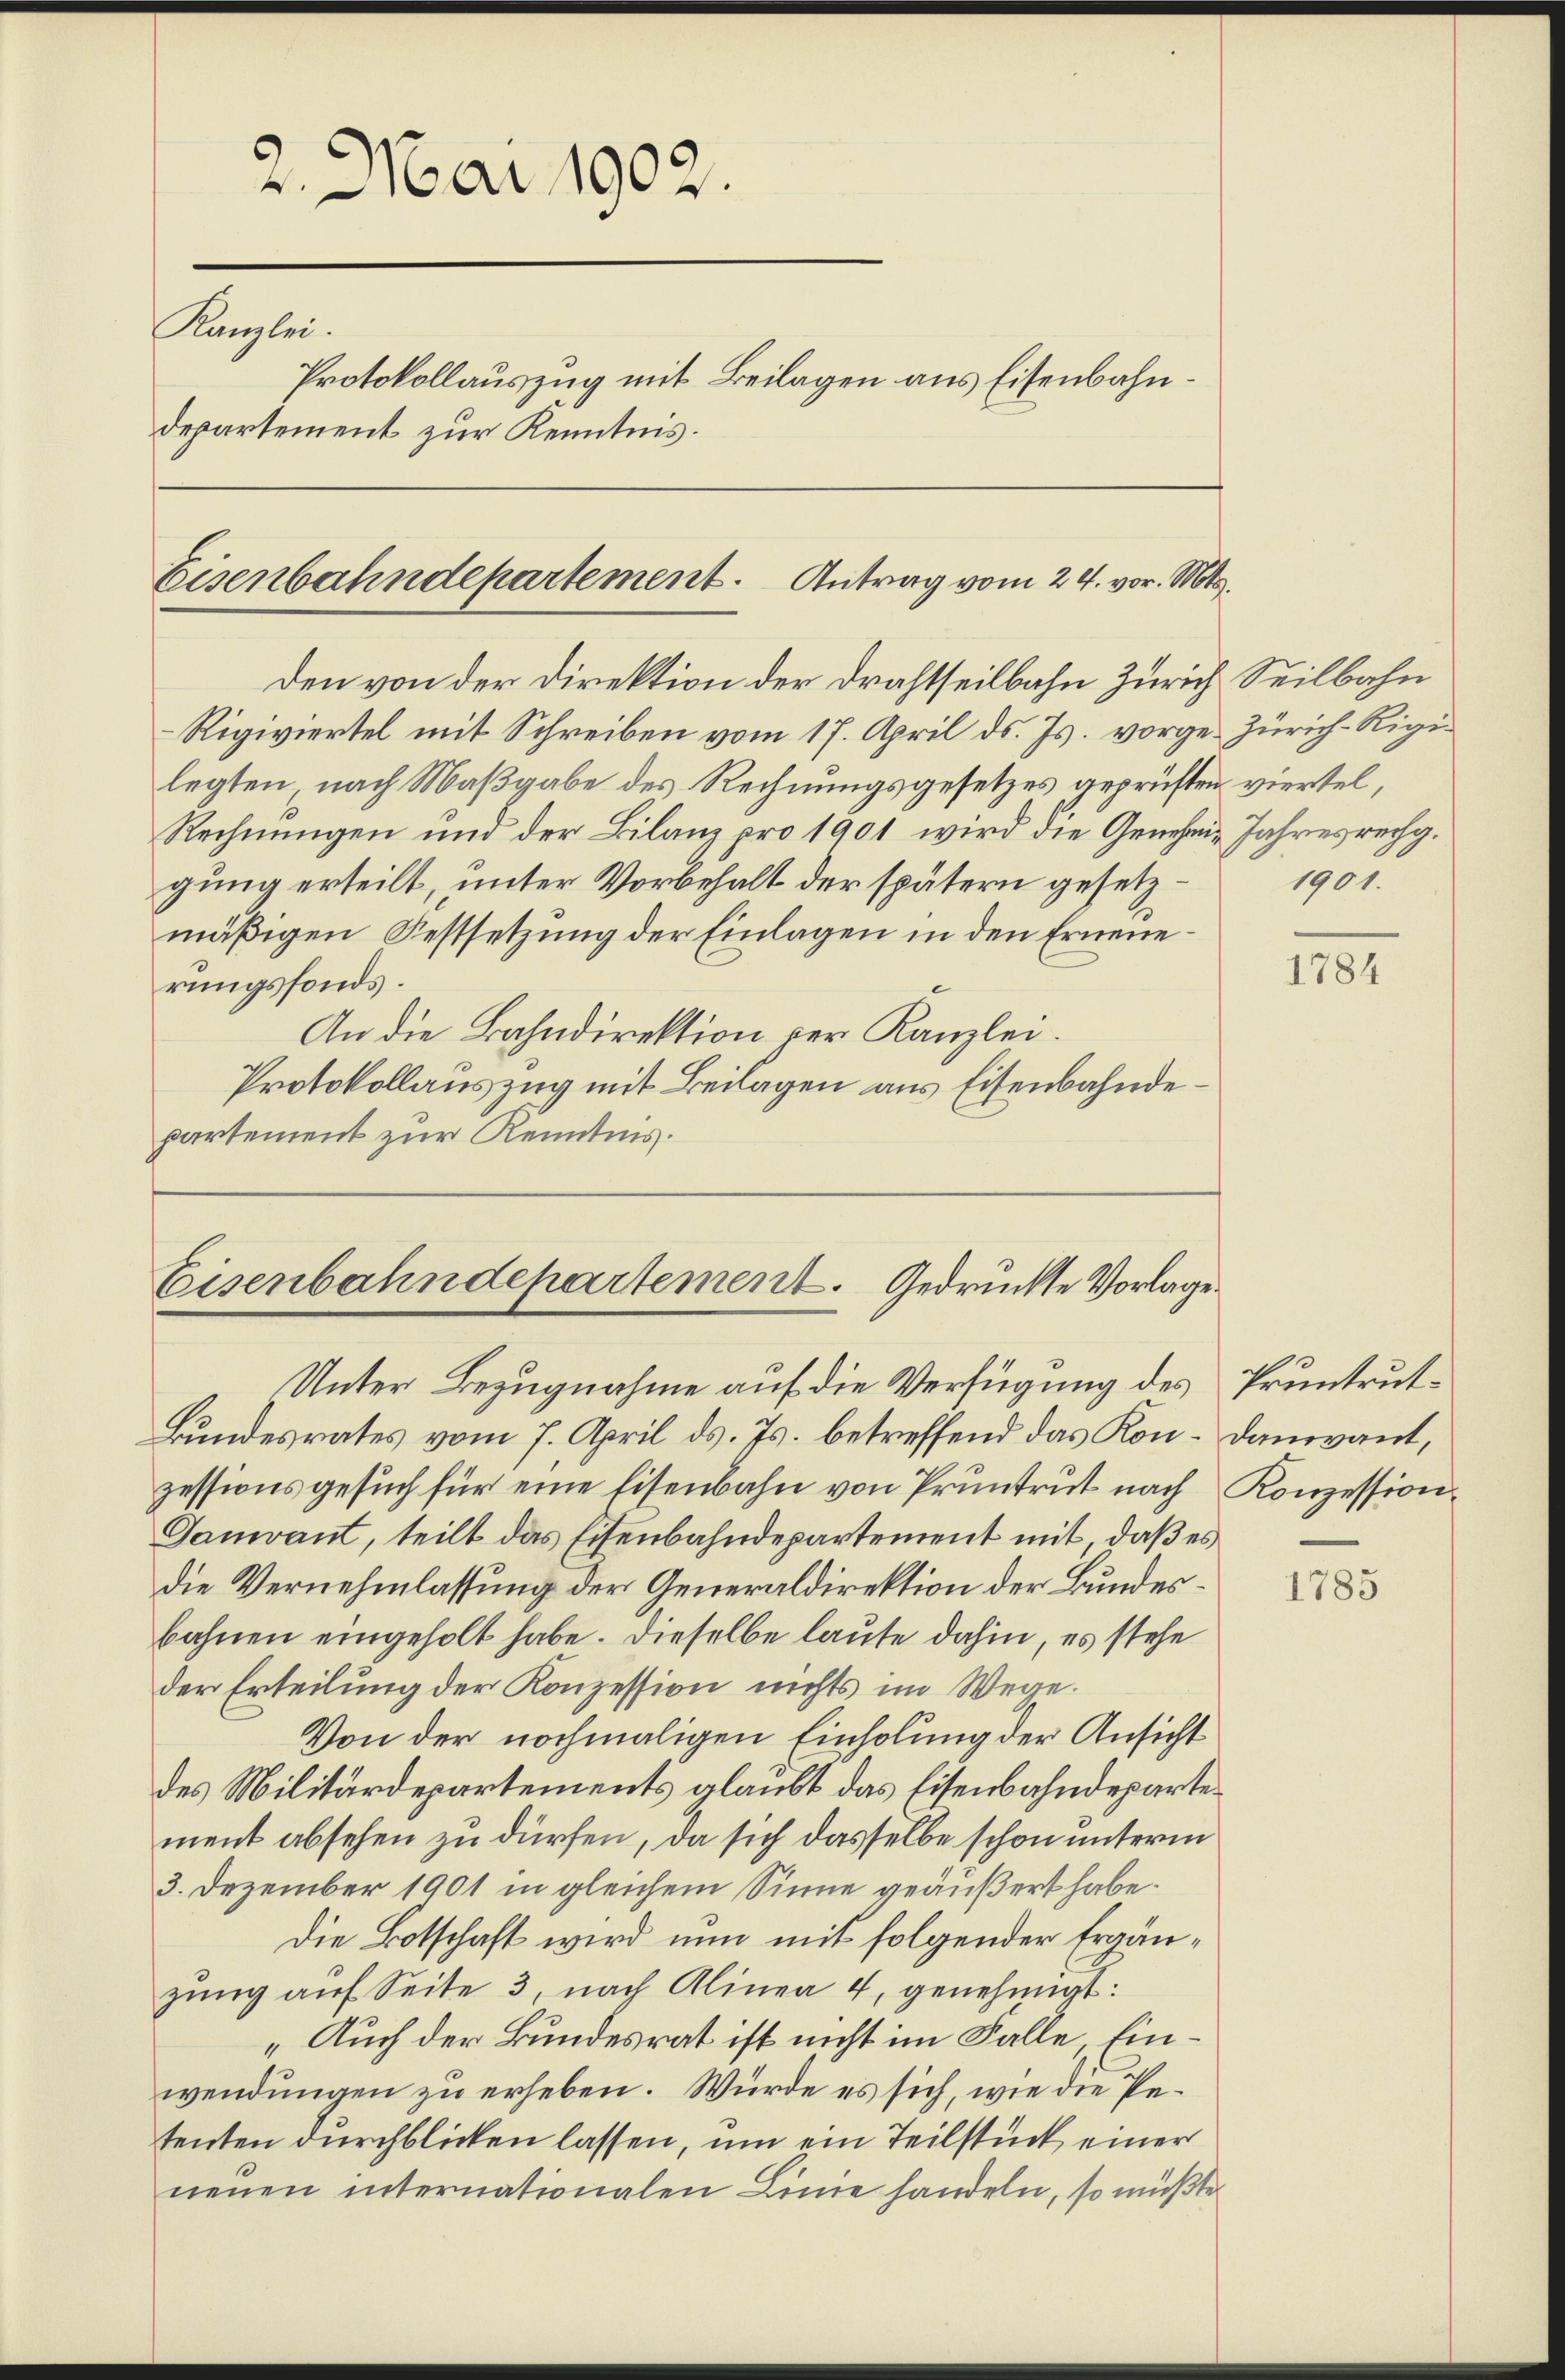
2. Mai 1902.
Kanzlei.
Protokollauszug mit Beilagen aus Eisenbahndepartement zur Kenntnis.

Eisenbahndepartement. Antrag vom 24. vor. Mts.

den von der Direktion der Drahtseilbahn Zürich Seilbahn
Rigiviertel mit Schreiben vom 17. April ds. Js. vorge-Zürich-Rigilegten, nach Maßgabe des Rechnungsgesetzes geprüften viertel,
Rechnungen und der Bilanz pro 1901 wird die Genehme Jahresrechg.
gung erteilt, unter Vorbehalt der spätern gesetzmäßigen Festsetzung der Einlagen in den Erneuerungsfonds.
An die Bahndirektion per Kanzlei.
Protokollauszug mit Beilagen aus Eisenbahndepartement zur Kenntnis.

Eisenbahndepartement. Gedruckte Vorlage.
Unter Bezugnahme auf die Verfügung des Pruntrut¬

Bundesrates vom 7. April ds. Js. betreffend das Kon-Danvant,
zessionsgesuch für eine Eisenbahn von Pruntrut nach Konzession
Gauvant, teilt das Eisenbahndepartement mit, daß es
die Vernehmlassung der Generaldirektion der Bundesbahnen eingeholt habe. Dieselbe laute dahin, es stehe
der Erteilung der Konzession nichts im Wege.
Von der nochmaligen Einholung der Ansicht
des Militärdepartements glaubt das Eisenbahndepartement absehen zu dürfen, da sich dasselbe schon unterm
3. Dezember 1901 in gleichem Sinne geäußert habe.
Die Botschaft wird nun mit folgender Ergänzung auf Seite 3, nach Alinea 4, genehmigt:
„Auch der Bundesrat ist nicht im Falle, Einwendungen zu erheben. Würde es sich, wie die Petenten durchblicken lassen, um ein Teilstück einer
neuen internationalen Linie handeln, so müßte

1901.

1784

1785